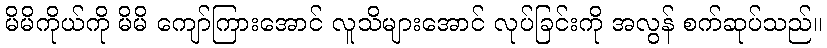
မိမိကိုယ်ကို မိမိ ကျော်ကြားအောင် လူသိများအောင် လုပ်ခြင်းကို အလွန် စက်ဆုပ်သည်။